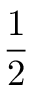
\frac { 1 } { 2 }